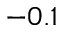
- 0 . 1